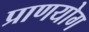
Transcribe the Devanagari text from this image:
प्राणयोग